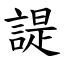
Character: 諟